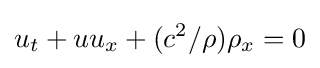
u_{t}+uu_{x}+(c^{2}/\rho )\rho _{x}=0